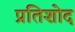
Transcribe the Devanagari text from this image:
प्रतिशोद